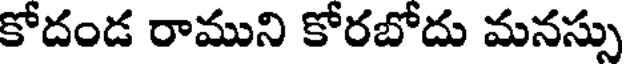
కోదండ రాముని కోరబోదు మనస్సు